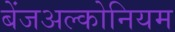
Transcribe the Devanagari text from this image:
बेंजअल्कोनियम